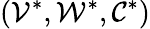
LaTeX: (\mathcal{V}^{*},\mathcal{W}^{*},\mathcal{C}^{*})